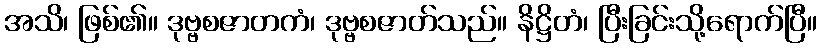
အသိ၊ ဖြစ်၏။ ဒုဗ္ဗစဇာတကံ၊ ဒုဗ္ဗစဇာတ်သည်။ နိဋ္ဌိတံ၊ ပြီးခြင်းသို့ရောက်ပြီ။